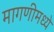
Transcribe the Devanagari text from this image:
मागणीमध्ये